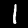
Label: 1